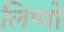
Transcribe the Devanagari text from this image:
लिप्पो